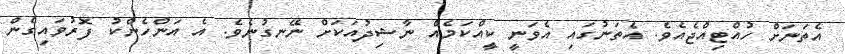
އެތަނަށް ހުއްޓިއްޖެއެވެ. އެތަނުގައި އެވަނީ ކީއްކަމެއް ނާޝިދުއަކަށް ނޭނގުނެވެ. އެ އަންހެންކު ފޮރުވައިގެން